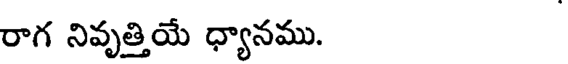
రాగ నివృత్తియే ధ్యానము.